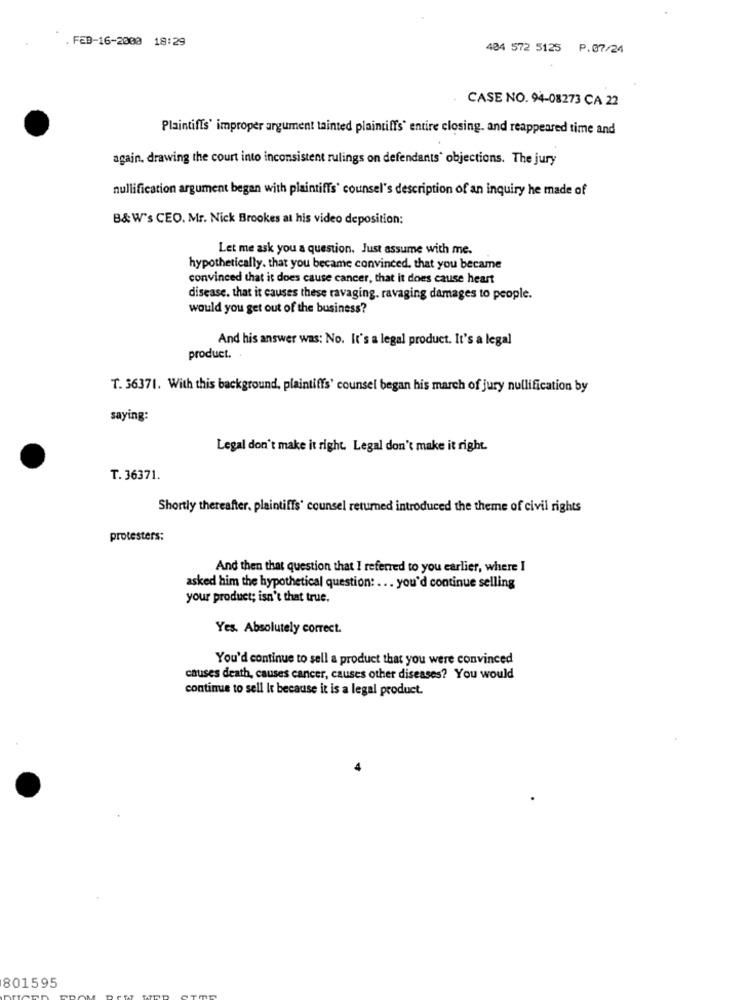
FEB-16-2000 18:29
404 572 5125 P.07/24
. CASE NO. 94-08273 CA 22
Plaintiffs' improper argument tainted plaintiffs' entire closing. and reappeared time and
again. drawing the court into inconsistent rulings on defendants' objections. The jury
nullification argument began with plaintiffs' counsel's description of an inquiry he made of
B&W's CEO. Mr. Nick Brookes at his video deposition:
Let me ask you a question. Just assume with me.
hypothetically. that you became convinced, that you became
convinced that it does cause cancer, that it does cause heart
disease. that it causes these ravaging. ravaging damages to people.
would you get out of the business?
And his answer was: No. It's a legal product. It's a legal
product. .
T. 36371. With this background, plaintiffs' counsel began his march of jury nullification by
saying:
Legal don't make it right. Legal don't make it right.
T. 36371.
Shortly thereafter. plaintiffs' counsel returned introduced the theme of civil rights
protesters:
And then that question that I referred to you earlier, where I
asked him the hypothetical question: ... you'd continue selling
your product; isn't that true,
Yes. Absolutely correct.
You'd continue to sell a product that you were convinced
causes death, causes cancer, causes other diseases? You would
continue to sell It because it is a legal product.
801595